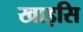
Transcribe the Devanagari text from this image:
खाइसि